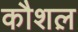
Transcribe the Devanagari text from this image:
कौशल़